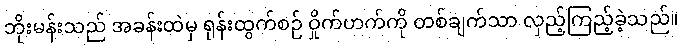
ဘိုးမန်းသည် အခန်းထဲမှ ရုန်းထွက်စဉ် ဝှိုက်ဟက်ကို တစ်ချက်သာ လှည့်ကြည့်ခဲ့သည်။